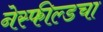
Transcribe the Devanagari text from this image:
नेस्फील्डचा